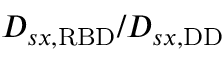
D _ { s x , \mathrm { { R B D } } } / D _ { s x , \mathrm { { D D } } }